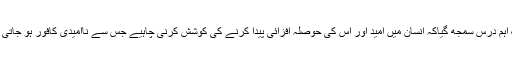
بیٹا اس میں ساری تفصیل پڑھ کر ایک اہم درس سمجھ گیاکہ انسان میں امید اور اس کی حوصلہ افزائی پیدا کرنے کی کوشش کرنی چاہیے جس سے ناامیدی کافور ہو جاتی ہے اور امید کا پھل نصیب ہو پاتا ہے۔